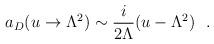
LaTeX: \begin{align*}a_{D}(u\to\Lambda^2)\sim \frac{i}{2\Lambda}(u-\Lambda^2)\ \ .\end{align*}